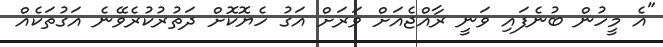
"އެ މީހުން ބުނެފައި ވަނީ ރާއްޖެއަށް ވަރަށް އަގު ހެޔޮކޮށް ދަތުރުކުރެވޭނެ އަގުތަކެއް